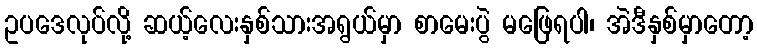
ဥပဒေလုပ်လို့ ဆယ့်လေးနှစ်သားအရွယ်မှာ စာမေးပွဲ မဖြေရပါ၊ အဲဒီနှစ်မှာတော့